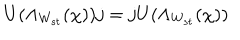
U ( \Lambda _ { W _ { s t } } ( \chi ) ) j = j U ( \Lambda _ { W _ { s t } } ( \chi ) )